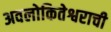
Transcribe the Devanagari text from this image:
अवलोकितेश्वराची